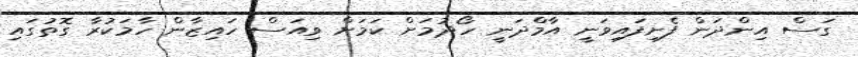
ގަސް އިންދަން ފެށިފައިވަނީ އާމްދަނީ ހޯދުމަށް ކަމަށް ވިއަސް ހައިޒާން ހާމަކުރާ ގޮތުގައި